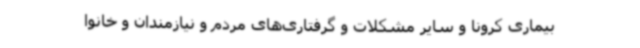
بیماری کرونا و سایر مشکلات و گرفتاری‌های مردم و نیازمندان و خانوا